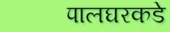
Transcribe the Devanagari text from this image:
पालघरकडे